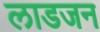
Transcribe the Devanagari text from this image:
लाडजन